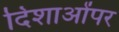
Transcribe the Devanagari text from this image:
दिशाओंपर